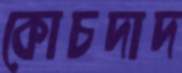
কোচদাদ